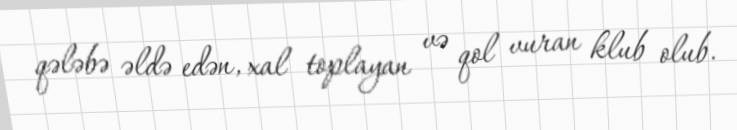
qələbə əldə edən, xal toplayan və qol vuran klub olub.